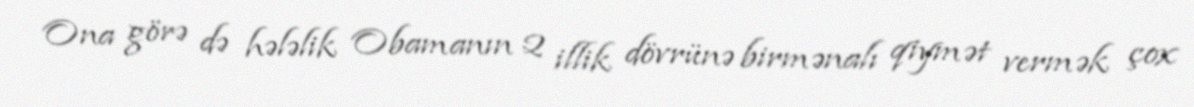
Ona görə də hələlik Obamanın 2 illik dövrünə birmənalı qiymət vermək çox